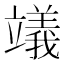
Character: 𥫃